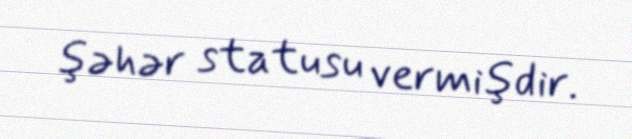
şəhər statusu vermişdir.